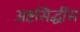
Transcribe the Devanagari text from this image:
अष्टसिद्धींस